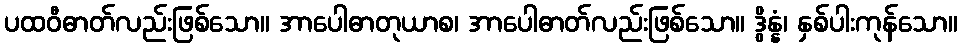
ပထဝီဓာတ်လည်းဖြစ်သော။ အာပေါဓာတုယာစ၊ အာပေါဓာတ်လည်းဖြစ်သော။ ဒွိန္နံ၊ နှစ်ပါးကုန်သော။